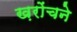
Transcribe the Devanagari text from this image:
ख़रोंचने